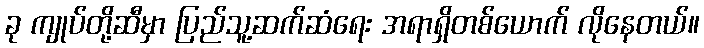
ခု ကျုပ်တို့ဆီမှာ ပြည်သူ့ဆက်ဆံရေး အရာရှိတစ်ယောက် လိုနေတယ်။